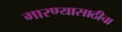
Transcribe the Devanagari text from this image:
मारण्यासाठीचा